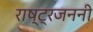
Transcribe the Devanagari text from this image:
राष्ट्रजननी